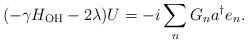
LaTeX: \begin{align*}(-\gamma H_{\rm{OH}}-2\lambda) U= -i \sum_n G_n a^\dagger e_n.\end{align*}